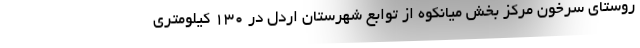
روستای سرخون مرکز بخش میانکوه از توابع شهرستان اردل در 130 کیلومتری